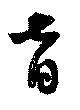
音